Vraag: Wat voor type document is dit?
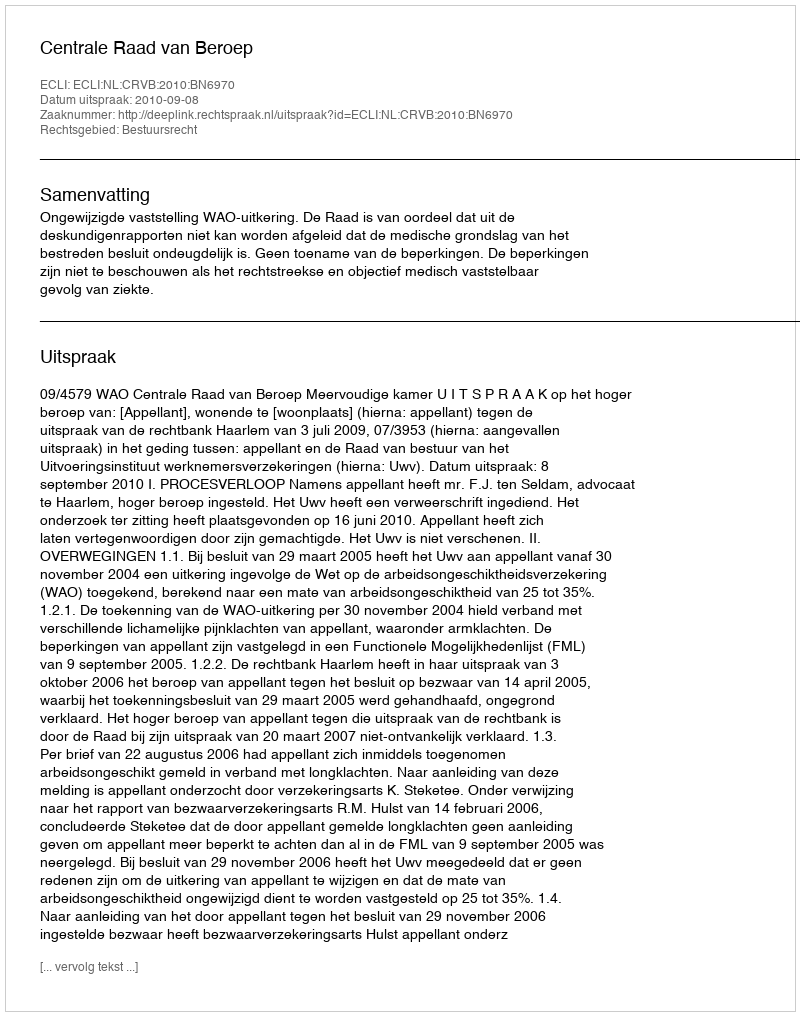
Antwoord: Uitspraak